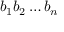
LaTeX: b _ { 1 } b _ { 2 } \dots b _ { n }